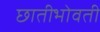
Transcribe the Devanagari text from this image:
छातीभोवती